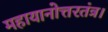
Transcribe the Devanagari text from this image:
महायानोत्तरतंत्र।